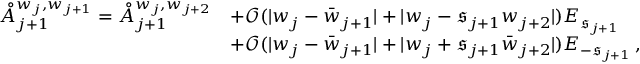
\begin{array} { r l } { \mathring { A } _ { j + 1 } ^ { w _ { j } , w _ { j + 1 } } = \mathring { A } _ { j + 1 } ^ { w _ { j } , w _ { j + 2 } } } & { + \mathcal { O } ( | w _ { j } - \bar { w } _ { j + 1 } | + | { w } _ { j } - \mathfrak { s } _ { j + 1 } { w } _ { j + 2 } | ) E _ { \mathfrak { s } _ { j + 1 } } } \\ & { + \mathcal { O } ( | w _ { j } - \bar { w } _ { j + 1 } | + | { w } _ { j } + \mathfrak { s } _ { j + 1 } \bar { w } _ { j + 2 } | ) E _ { - \mathfrak { s } _ { j + 1 } } \, , } \end{array}